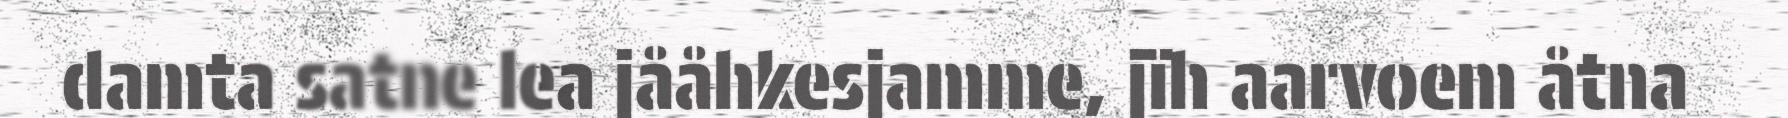
damta satne lea jååhkesjamme, jïh aarvoem åtna